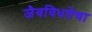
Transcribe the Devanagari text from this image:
जैवविधतेचा